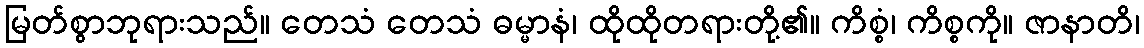
မြတ်စွာဘုရားသည်။ တေသံ တေသံ ဓမ္မာနံ၊ ထိုထိုတရားတို့၏။ ကိစ္စံ၊ ကိစ္စကို။ ဇာနာတိ၊